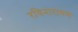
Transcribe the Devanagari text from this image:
रविनारायण